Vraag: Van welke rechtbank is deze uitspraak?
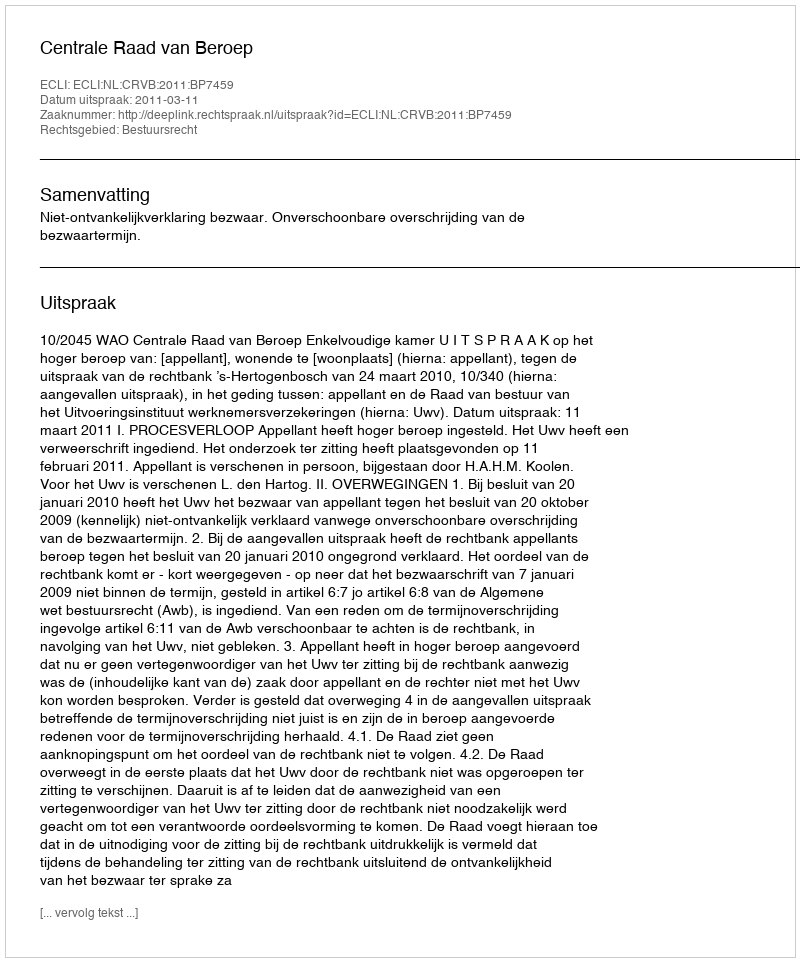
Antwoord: Centrale Raad van Beroep